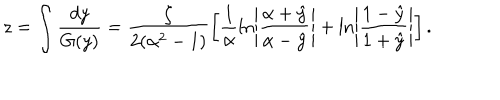
z = \int \frac { d y } { G ( y ) } = \frac { \zeta } { 2 ( \alpha ^ { 2 } - 1 ) } \left[ \frac { 1 } { \alpha } \ln \left| \frac { \alpha + \hat { y } } { \alpha - \hat { y } } \right| + \ln \left| \frac { 1 - \hat { y } } { 1 + \hat { y } } \right| \right] .